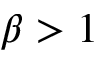
\beta > 1